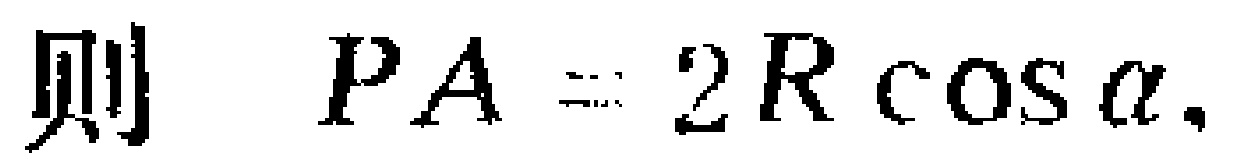
则 \(PA = 2R\cos\alpha.\)